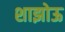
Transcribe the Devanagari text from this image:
शाझोऊ